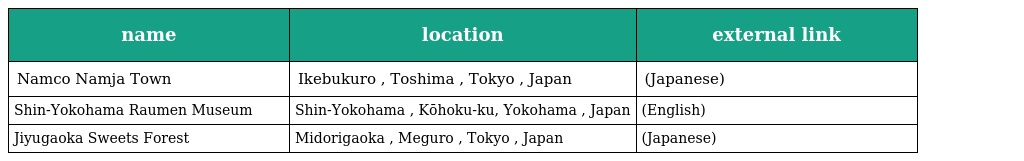
| name | location | external link |
 | --- | --- | --- |
 | Namco Namja Town | Ikebukuro , Toshima , Tokyo , Japan | (Japanese) |
 | Shin-Yokohama Raumen Museum | Shin-Yokohama , Kōhoku-ku, Yokohama , Japan | (English) |
 | Jiyugaoka Sweets Forest | Midorigaoka , Meguro , Tokyo , Japan | (Japanese) |